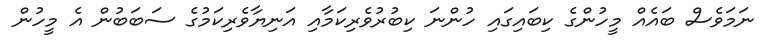
ނަމަވެސް ބައެއް މީހުންގެ ކިބައިގައި ހުންނަ ކިބުރުވެރިކަމާއި އަނިޔާވެރިކަމުގެ ސަބަބުން އެ މީހުން